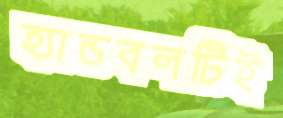
হ্যান্ডবলটিই